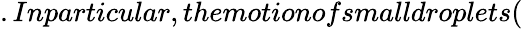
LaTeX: .Inparticular,themotionofsmalldroplets(